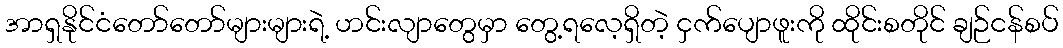
အာရှနိုင်ငံတော်တော်များများရဲ့ ဟင်းလျာတွေမှာ တွေ့ရလေ့ရှိတဲ့ ငှက်ပျောဖူးကို ထိုင်းစတိုင် ချဉ်ငန်စပ်